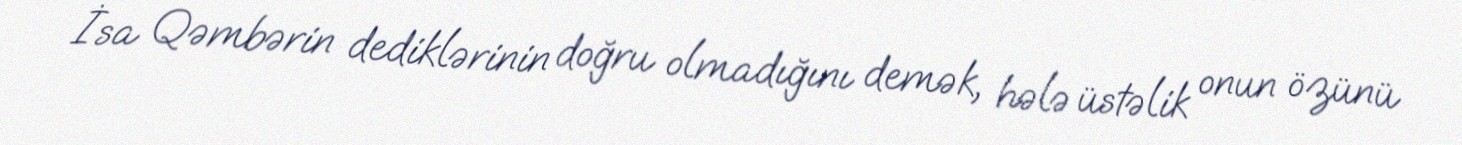
İsa Qəmbərin dediklərinin doğru olmadığını demək, hələ üstəlik onun özünü